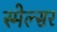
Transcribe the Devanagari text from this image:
स्मेल्सर